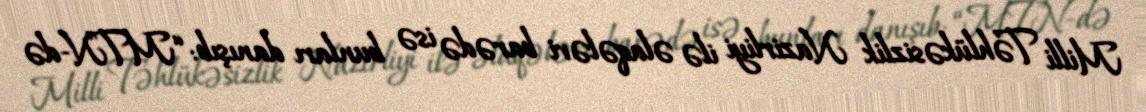
Milli Təhlükəsizlik Nazirliyi ilə əlaqələri barədə isə bunları danışıb: “MTN-də